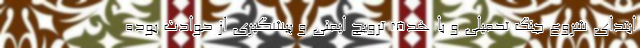
ابتدای شروع جنگ تحمیلی و با هدف ترویج ایمنی و پیشگیری از حوادث بوده